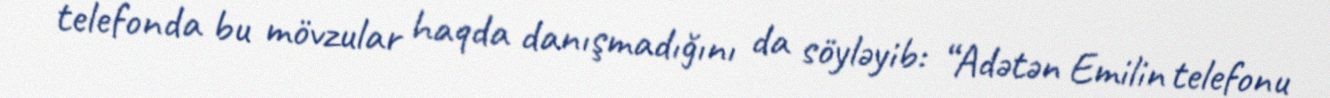
telefonda bu mövzular haqda danışmadığını da söyləyib: “Adətən Emilin telefonu